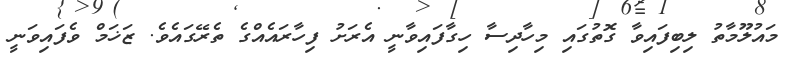
މައުލޫމާތު ލިބިފައިވާ ގޮތުގައި މިހާދިސާ ހިގާފައިވާނީ އެރަށު ފިހާރައެއްގެ ތެރޭގައެވެ. ޒަޚަމް ވެފައިވަނީ